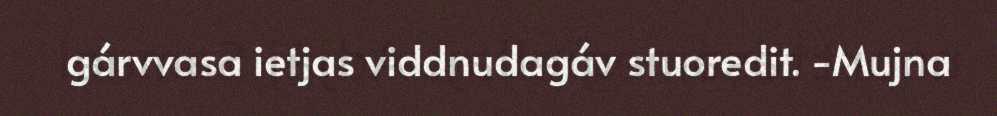
gárvvasa ietjas viddnudagáv stuoredit. -Mujna